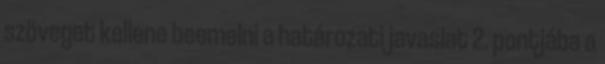
szöveget kellene beemelni a határozati javaslat 2. pontjába a